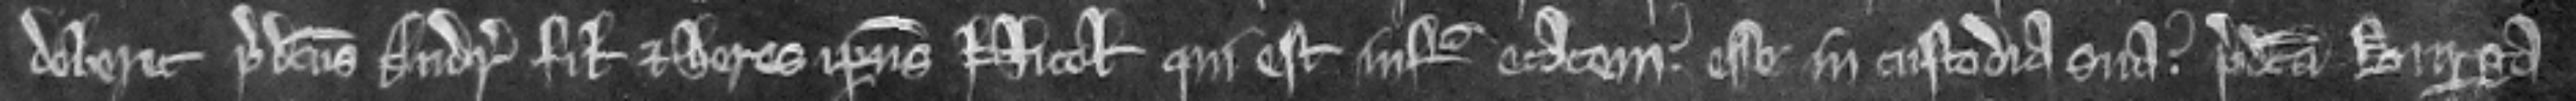
deberet predictus Andreas filius et heres ipsius Nicolai qui est infra etatem. esse in custodia sua. predicta Burga